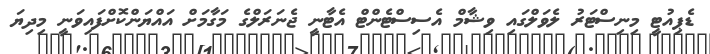
ޑެޕިއުޓީ މިނިސްޓަރު ލެވަލްގައި ވިޝާމް އެސިސްޓެންޓް އެޓާނީ ޖެނަރަލްގެ މަގާމަށް އައްޔަންކޮށްފައިވަނީ މިދިޔަ